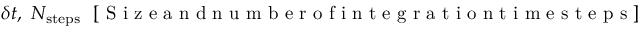
\delta t , ~ N _ { \mathrm { s t e p s } } ~ ~ [ \mathrm { ~ S ~ i ~ z ~ e ~ a ~ n ~ d ~ n ~ u ~ m ~ b ~ e ~ r ~ o ~ f ~ i ~ n ~ t ~ e ~ g ~ r ~ a ~ t ~ i ~ o ~ n ~ t ~ i ~ m ~ e ~ s ~ t ~ e ~ p ~ s ~ } ]